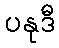
ပနုဒီ